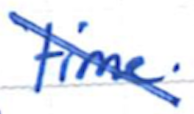
Text: time.
Cross-out: diagonal
Writing tool: ballpoint